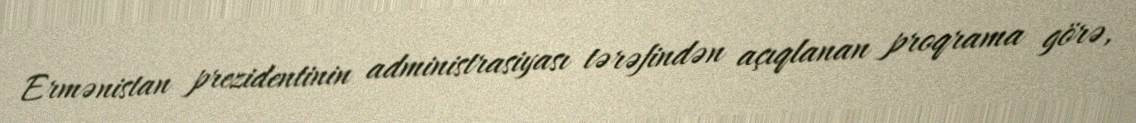
Ermənistan prezidentinin administrasiyası tərəfindən açıqlanan proqrama görə,